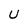
Character: U